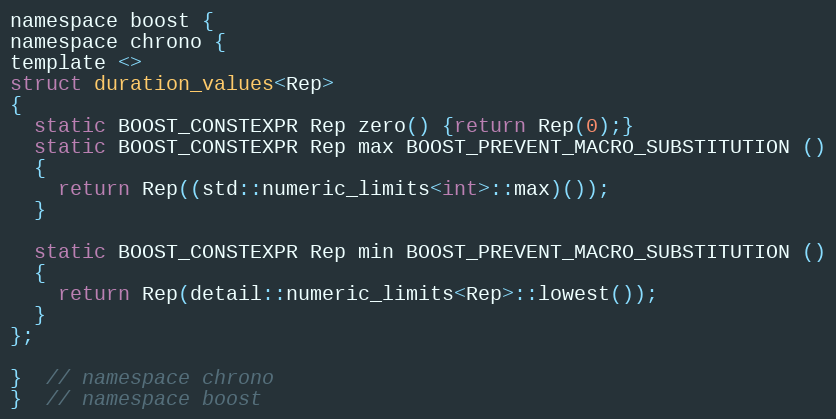
Language: C
namespace boost {
namespace chrono {
template <>
struct duration_values<Rep>
{
  static BOOST_CONSTEXPR Rep zero() {return Rep(0);}
  static BOOST_CONSTEXPR Rep max BOOST_PREVENT_MACRO_SUBSTITUTION ()
  {
    return Rep((std::numeric_limits<int>::max)());
  }

  static BOOST_CONSTEXPR Rep min BOOST_PREVENT_MACRO_SUBSTITUTION ()
  {
    return Rep(detail::numeric_limits<Rep>::lowest());
  }
};

}  // namespace chrono
}  // namespace boost